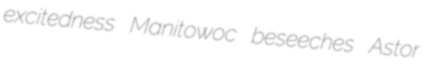
excitedness Manitowoc beseeches Astor